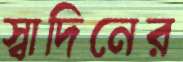
স্বাদিনের